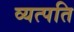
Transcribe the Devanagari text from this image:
व्यत्पति